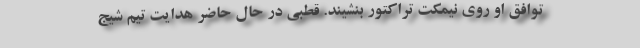
توافق او روی نیمکت تراکتور بنشیند. قطبی در حال حاضر هدایت تیم شیج